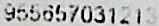
955657031213